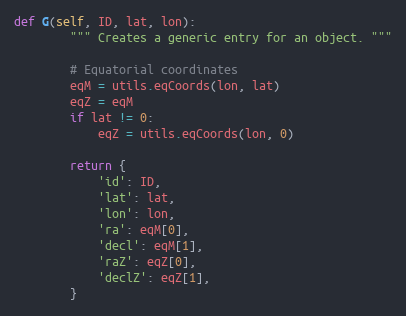
Language: Python
def G(self, ID, lat, lon):
        """ Creates a generic entry for an object. """

        # Equatorial coordinates
        eqM = utils.eqCoords(lon, lat)
        eqZ = eqM
        if lat != 0:
            eqZ = utils.eqCoords(lon, 0)

        return {
            'id': ID,
            'lat': lat,
            'lon': lon,
            'ra': eqM[0],
            'decl': eqM[1],
            'raZ': eqZ[0],
            'declZ': eqZ[1],
        }